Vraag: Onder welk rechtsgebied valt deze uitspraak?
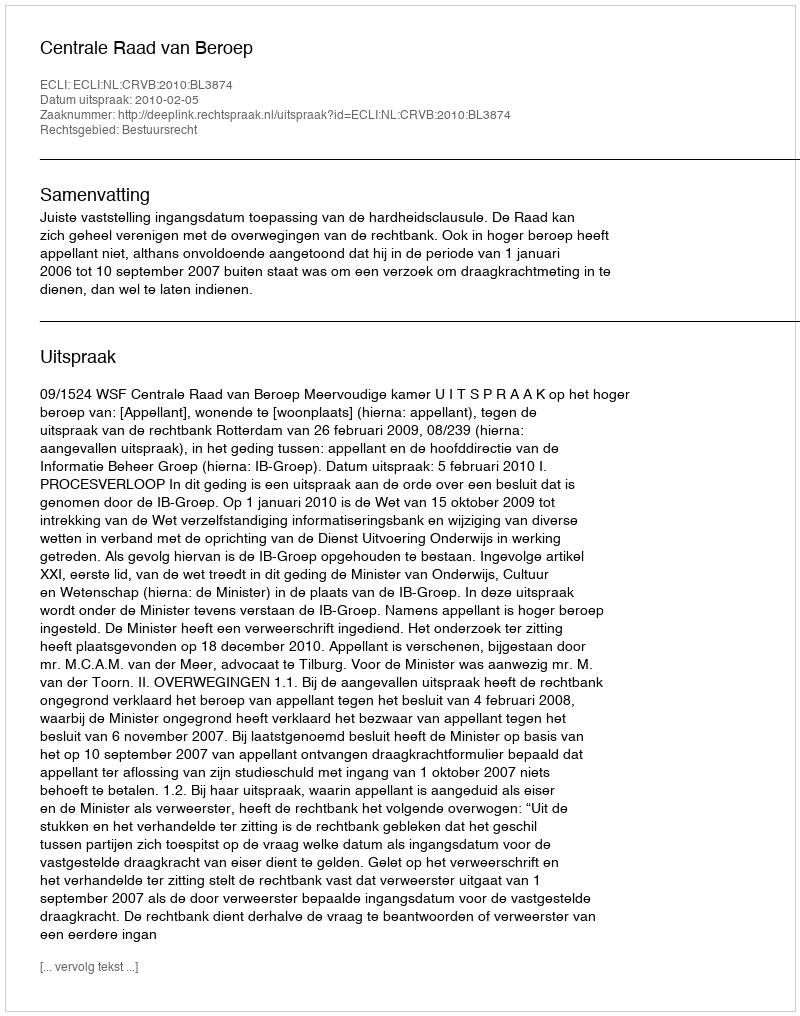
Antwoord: Bestuursrecht